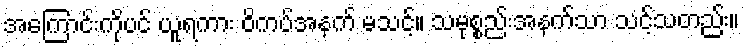
အကြောင်းကိုပင် ယူရကား ဝိကပ်အနက် မသင့်။ သမုစ္စည်းအနက်သာ သင့်သတည်း။